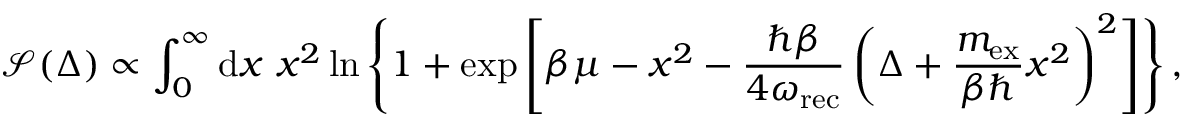
\mathcal { S } ( \Delta ) \propto \int _ { 0 } ^ { \infty } \mathrm { d } x \ x ^ { 2 } \ln \left\{ 1 + \exp \left[ \beta \mu - x ^ { 2 } - \frac { \hbar \beta } { 4 \omega _ { \mathrm { r e c } } } \left( \Delta + \frac { m _ { \mathrm { e x } } } { \beta \hbar } x ^ { 2 } \right) ^ { 2 } \right] \right\} ,